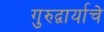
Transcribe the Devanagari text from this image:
गुरुद्वार्याचे